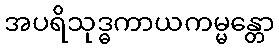
အပရိသုဒ္ဓကာယကမ္မန္တော